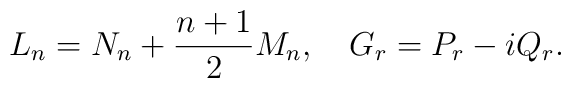
L_n=N_n+\frac{n+1}{2}M_n,\quad G_r=P_r-iQ_r.